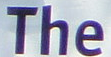
The